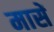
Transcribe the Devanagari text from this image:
मासें